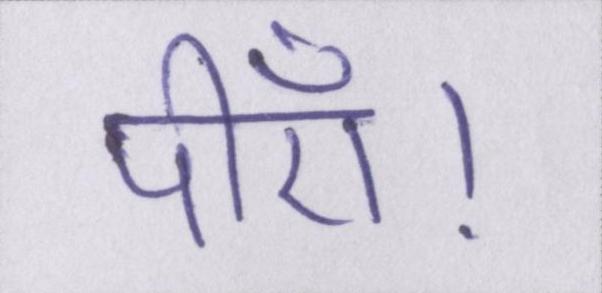
पीएँ।